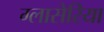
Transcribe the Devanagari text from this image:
ग्लासेरिया